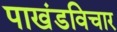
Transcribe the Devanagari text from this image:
पाखंडविचार